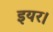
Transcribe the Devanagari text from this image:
इयर।